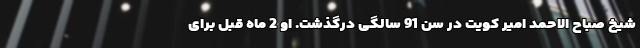
شیخ صباح الاحمد امیر کویت در سن 91 سالگی درگذشت. او 2 ماه قبل برای